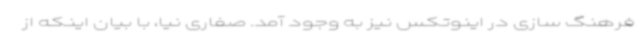
فرهنگ سازی در اینوتکس نیز به وجود آمد. صفاری نیا، با بیان اینکه از